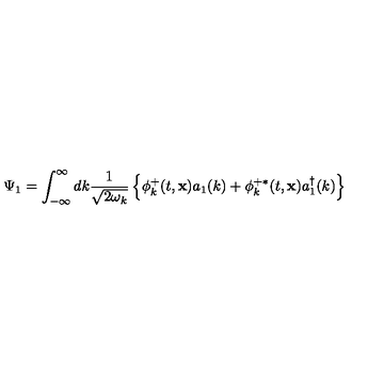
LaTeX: \Psi _ { 1 } = \int _ { - \infty } ^ { \infty } d k \frac { 1 } { \sqrt { 2 \omega _ { k } } } \left\{ \phi _ { k } ^ { + } ( t , { \bf x } ) a _ { 1 } ( k ) + \phi _ { k } ^ { + \ast } ( t , { \bf x } ) a _ { 1 } ^ { \dagger } ( k ) \right\}